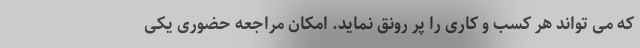
که می تواند هر کسب و کاری را پر رونق نماید. امکان مراجعه حضوری یکی